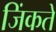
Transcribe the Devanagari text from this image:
जिंकते